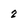
Character: 2